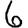
Digit: 6